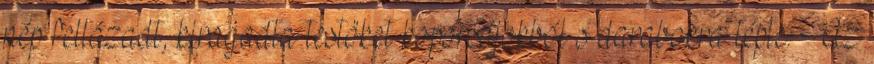
nép fellázadt, kiragadta testöket koporsójokból s darabokra tépte. Az